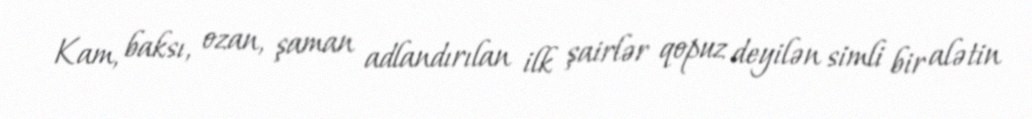
Kam, baksı, ozan, şaman adlandırılan ilk şairlər qopuz deyilən simli bir alətin